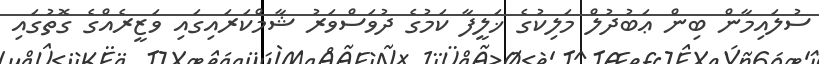
ސުލައިމާން ބިން ޢަބުދުލް މަލިކުގެ ޚަލީފާ ކަމުގެ ދުވަސްވަރު ޝާމްކަރައިގައި ވަޒީރެއްގެ ގޮތުގައި